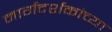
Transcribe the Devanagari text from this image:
मार्गदर्शकांच्या